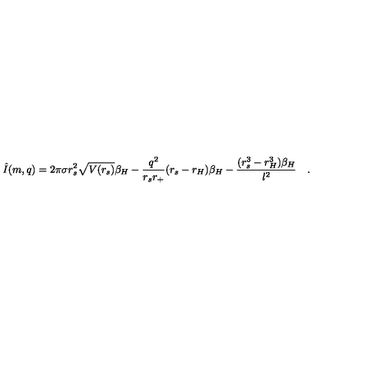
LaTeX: \hat { I } ( m , q ) = 2 \pi \sigma r _ { s } ^ { 2 } \sqrt { V ( r _ { s } ) } \beta _ { H } - \frac { q ^ { 2 } } { r _ { s } r _ { + } } ( r _ { s } - r _ { H } ) \beta _ { H } - \frac { ( r _ { s } ^ { 3 } - r _ { H } ^ { 3 } ) \beta _ { H } } { \l ^ { 2 } } \quad .